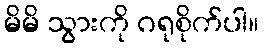
မိမိ သွားကို ဂရုစိုက်ပါ။